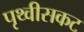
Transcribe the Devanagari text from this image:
पृथ्वीसकट